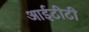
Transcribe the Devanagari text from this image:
आईटीटी